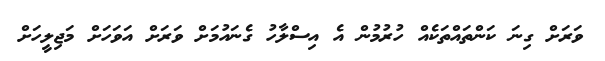
ވަރަށް ގިނަ ކަންތައްތަކެއް ހުރުމުން އެ އިސްލާހު ގެނައުމަށް ވަރަށް އަވަހަށް މަޖިލީހަށް